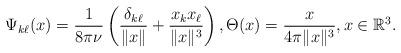
LaTeX: \begin{align*} \Psi_{k\ell} (x) =\frac{1}{8\pi \nu} \left(\frac{\delta_{k\ell}}{\|x\|} + \frac{x_k x_\ell}{\|x\|^3}\right), \Theta (x)= \frac{x}{4\pi \|x\|^3}, x\in \mathbb{R}^3. \end{align*}